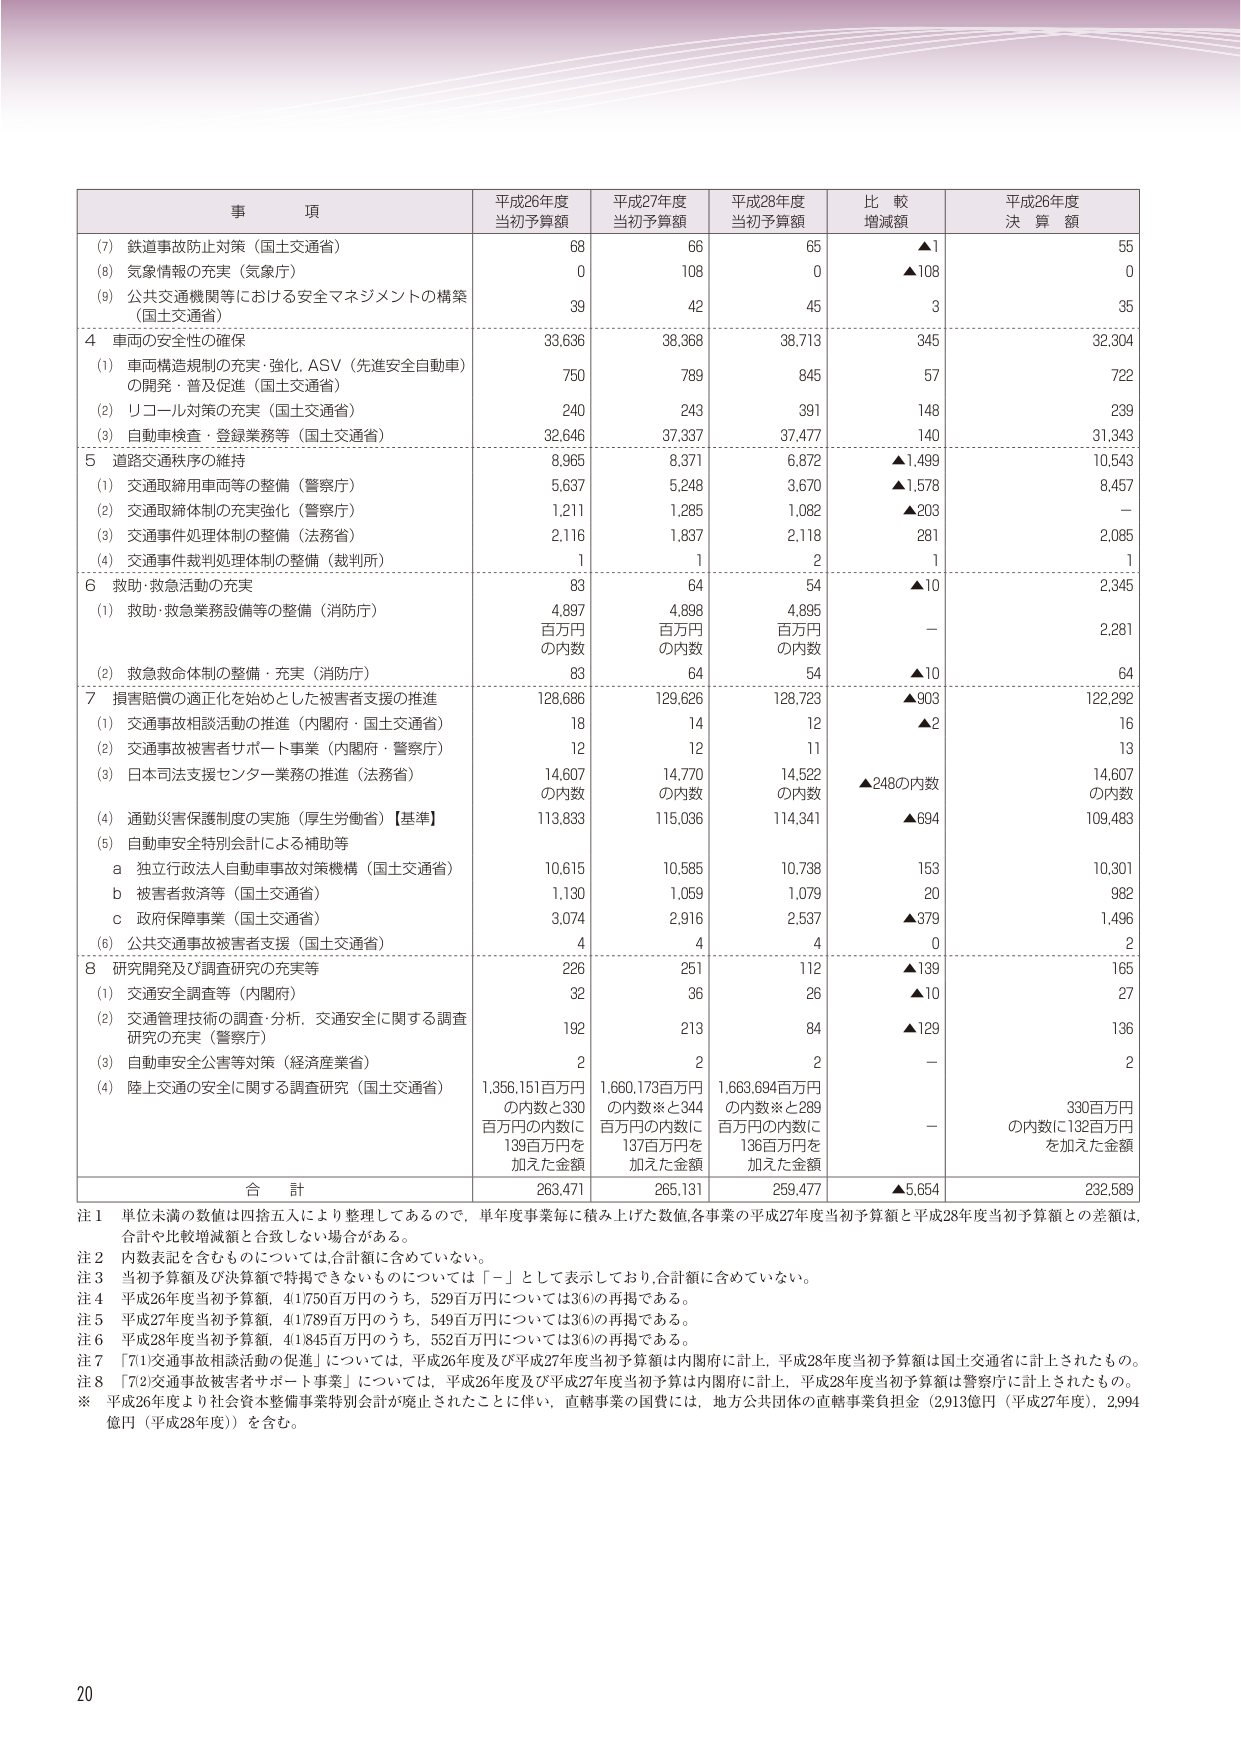
事項 平成26年度 当初予算額 平成27年度 当初予算額 平成28年度 当初予算額 比較 増減額 平成26年度 決算額
(7) 鉄道事故防止対策（国土交通省） 68 66 65 ▲1 55
(8) 気象情報の充実（気象庁） 0 108 0 ▲108 0
(9) 公共交通機関等における安全マネジメントの構築 （国土交通省） 39 42 45 3 35
4 車両の安全性の確保 33,636 38,368 38,713 345 32,304
(1) 車両構造規制の充実・強化、ASV（先進安全自動車） の開発・普及促進（国土交通省） 750 789 845 57 722
(2) リコール対策の充実（国土交通省） 240 243 391 148 239
(3) 自動車検査・登録業務等（国土交通省） 32,646 37,337 37,477 140 31,343
5 道路交通秩序の維持 8,965 8,371 6,872 ▲1,499 10,543
(1) 交通取締用車両等の整備（警察庁） 5,637 5,248 3,670 ▲1,578 8,457
(2) 交通取締体制の充実強化（警察庁） 1,211 1,285 1,082 ▲203 －
(3) 交通事故処理体制の整備（法務省） 2,116 1,837 2,118 281 2,085
(4) 交通事故裁判処理体制の整備（裁判所） 1 1 2 1 1
6 救助・救急活動の充実 83 64 54 ▲10 2,345
(1) 救助・救急業務設備等の整備（消防庁） 4,897 百万円 の内数 4,898 百万円 の内数 4,895 百万円 の内数 － 2,281
(2) 救急救命体制の整備・充実（消防庁） 83 64 54 ▲10 64
7 損害賠償の適正化を始めとした被害者支援の推進 128,686 129,626 128,723 ▲903 122,292
(1) 交通事故相談活動の推進（内閣府・国土交通省） 18 14 12 ▲2 16
(2) 交通事故被害者サポート事業（内閣府・警察庁） 12 12 11 － 13
(3) 日本司法支援センター業務の推進（法務省） 14,607 の内数 14,770 の内数 14,522 の内数 ▲248の内数 14,607 の内数
(4) 通勤災害保護制度の実施（厚生労働省）【基準】 113,833 115,036 114,341 ▲694 109,483
(5) 自動車安全特別会計による補助等
a 独立行政法人自動車事故対策機構（国土交通省） 10,615 10,585 10,738 153 10,301
b 被害者救済等（国土交通省） 1,130 1,059 1,079 20 982
c 政府保障事業（国土交通省） 3,074 2,916 2,537 ▲379 1,496
(6) 公共交通事故被害者支援（国土交通省） 4 4 4 0 2
8 研究開発及び調査研究の充実等 226 251 112 ▲139 165
(1) 交通安全調査等（内閣府） 32 36 26 ▲10 27
(2) 交通管理技術の調査・分析、交通安全に関する調査 研究の充実（警察庁） 192 213 84 ▲129 136
(3) 自動車安全公害等対策（経済産業省） 2 2 2 － 2
(4) 陸上交通の安全に関する調査研究（国土交通省） 1,356,151百万円 の内数と330 百万円の内数に 139百万円を 加えた金額 1,660,173百万円 の内数※と344 百万円の内数に 137百万円を 加えた金額 1,663,694百万円 の内数※と289 百万円の内数に 136百万円を 加えた金額 － 330百万円 の内数に132百万円 を加えた金額
合計 263,471 265,131 259,477 ▲5,654 232,589
注1 単位未満の数値は四捨五入により整理してあるので、単年度事業毎に積み上げた数値、各事業の平成27年度当初予算額と平成28年度当初予算額との差額は、 合計や比較増減額と合致しない場合がある。
注2 内数表記を含むものについては、合計額に含めていない。
注3 当初予算額及び決算額で掲載できないものについては「－」として表示しており、合計額に含めていない。
注4 平成26年度当初予算額、41750百万円のうち、529百万円については36の再掲である。
注5 平成27年度当初予算額、41789百万円のうち、549百万円については36の再掲である。
注6 平成28年度当初予算額、41845百万円のうち、552百万円については36の再掲である。
注7 「7⑴交通事故相談活動の促進」については、平成26年度及び平成27年度当初予算額は内閣府に計上、平成28年度当初予算額は国土交通省に計上されたもの。
注8 「7⑵交通事故被害者サポート事業」については、平成26年度及び平成27年度当初予算は内閣府に計上、平成28年度当初予算額は警察庁に計上されたもの。
※ 平成26年度より社会資本整備事業特別会計が廃止されたことに伴い、直轄事業の国費には、地方公共団体の直轄事業負担金（2,913億円（平成27年度）、2,994 億円（平成28年度））を含む。
20